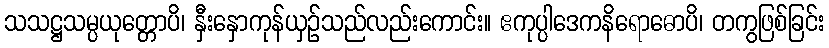
သသဋ္ဌသမ္ပယုတ္တောပိ၊ နှီးနှောကုန်ယှဉ်သည်လည်းကောင်း။ ဧကုပ္ပါဒေကနိရောဓောပိ၊ တကွဖြစ်ခြင်း